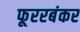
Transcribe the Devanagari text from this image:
फूररबंकर